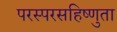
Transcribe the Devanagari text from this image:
परस्परसहिष्णुता